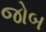
જોબ